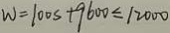
w = 1 0 0 s + 9 6 0 0 \leq 1 2 0 0 0